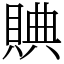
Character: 賟